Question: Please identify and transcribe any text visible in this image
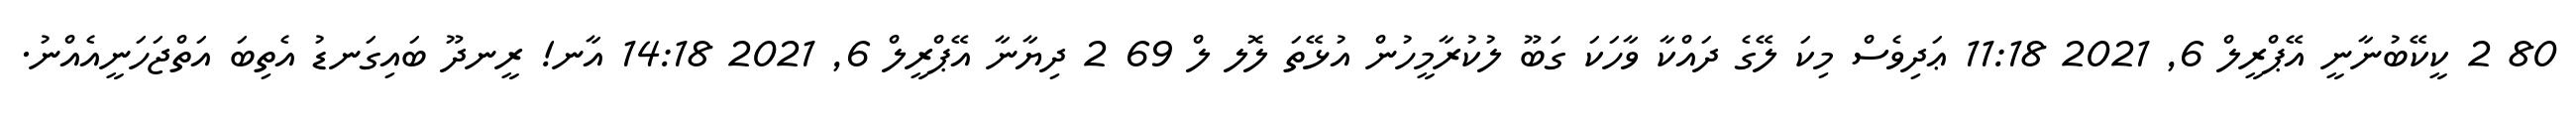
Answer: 80 2 ކީކޭބުނާނީ އޭޕްރީލް 6, 2021 11:18 ޢަދިވެސް މިކަ ލޭގެ ދައްކާ ވާހަކަ ގަބޫ ލުކުރާމީހުން އުޅޭތަ ލޮލ ލް 69 2 ދިޔާނާ އޭޕްރީލް 6, 2021 14:18 އާނ! ރީނދޫ ބައިގަނޑު އެތިބަ އަތްޖަހަނީއެއްނު.